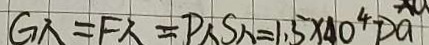
G _ { \lambda } = F _ { \lambda } = P _ { \lambda } S _ { \lambda } = 1 . 5 \times 4 0 ^ { 4 } P a